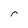
Character: r